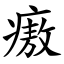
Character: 㾲